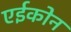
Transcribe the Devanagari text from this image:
एईकोन